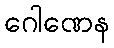
ဂေါဏေန